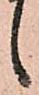
候